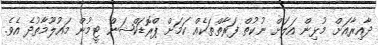
ދާއިރާއަށް މުޅިން އަލަށް ނުކުތް ފަރާތްތަކެއް ކަމަށް ޕްރޮޑަކްޝަން ޓީމުން މައުލޫމާތުދެ އެވެ.